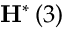
\mathbf { H } ^ { * } \left( 3 \right)